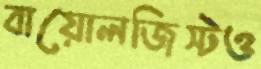
বায়োলজিস্টও